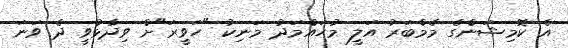
އެ ކޮމިޝަންގެ މެމްބަރު އަލީ މުހައްމަދު މަނިކު "ހަވީރަ"ށް ވިދާޅުވީ ދެ ވަނަ